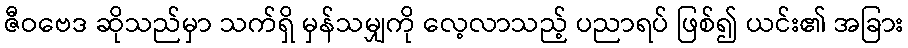
ဇီဝဗေဒ ဆိုသည်မှာ သက်ရှိ မှန်သမျှကို လေ့လာသည့် ပညာရပ် ဖြစ်၍ ယင်း၏ အခြား